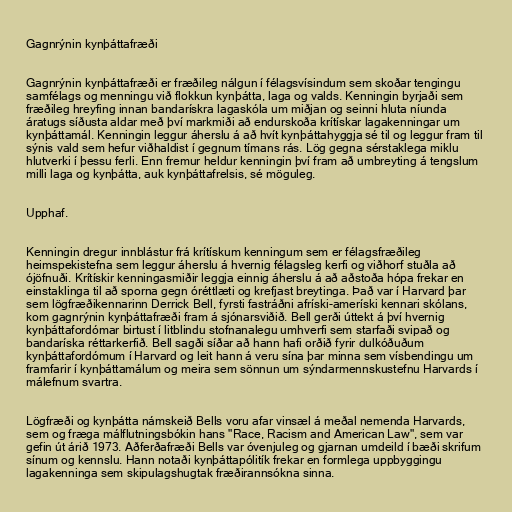
Gagnrýnin kynþáttafræði

Gagnrýnin kynþáttafræði er fræðileg nálgun í félagsvísindum sem skoðar tengingu
samfélags og menningu við flokkun kynþátta, laga og valds. Kenningin byrjaði sem
fræðileg hreyfing innan bandarískra lagaskóla um miðjan og seinni hluta níunda
áratugs síðusta aldar með því markmiði að endurskoða krítískar lagakenningar um
kynþáttamál. Kenningin leggur áherslu á að hvít kynþáttahyggja sé til og leggur fram til
sýnis vald sem hefur viðhaldist í gegnum tímans rás. Lög gegna sérstaklega miklu
hlutverki í þessu ferli. Enn fremur heldur kenningin því fram að umbreyting á tengslum
milli laga og kynþátta, auk kynþáttafrelsis, sé möguleg.

Upphaf.

Kenningin dregur innblástur frá krítískum kenningum sem er félagsfræðileg
heimspekistefna sem leggur áherslu á hvernig félagsleg kerfi og viðhorf stuðla að
ójöfnuði. Krítískir kenningasmiðir leggja einnig áherslu á að aðstoða hópa frekar en
einstaklinga til að sporna gegn óréttlæti og krefjast breytinga. Það var í Harvard þar
sem lögfræðikennarinn Derrick Bell, fyrsti fastráðni afríski-ameríski kennari skólans,
kom gagnrýnin kynþáttafræði fram á sjónarsviðið. Bell gerði úttekt á því hvernig
kynþáttafordómar birtust í litblindu stofnanalegu umhverfi sem starfaði svipað og
bandaríska réttarkerfið. Bell sagði síðar að hann hafi orðið fyrir dulkóðuðum
kynþáttafordómum í Harvard og leit hann á veru sína þar minna sem vísbendingu um
framfarir í kynþáttamálum og meira sem sönnun um sýndarmennskustefnu Harvards í
málefnum svartra.

Lögfræði og kynþátta námskeið Bells voru afar vinsæl á meðal nemenda Harvards,
sem og fræga málflutningsbókin hans "Race, Racism and American Law", sem var
gefin út árið 1973. Aðferðafræði Bells var óvenjuleg og gjarnan umdeild í bæði skrifum
sínum og kennslu. Hann notaði kynþáttapólitík frekar en formlega uppbyggingu
lagakenninga sem skipulagshugtak fræðirannsókna sinna.